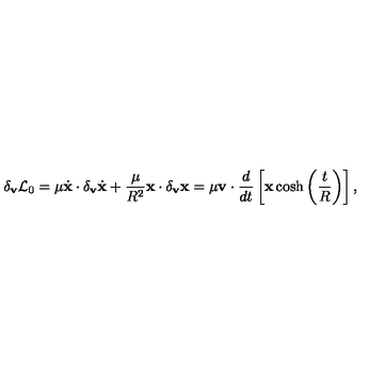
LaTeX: \delta _ { \bf v } { \cal L } _ { 0 } = \mu \dot { \bf x } \cdot \delta _ { \bf v } \dot { \bf x } + \frac { \mu } { R ^ { 2 } } { \bf x } \cdot \delta _ { \bf v } { \bf x } = \mu { \bf v } \cdot \frac { d } { d t } \left[ { \bf x } \cosh \left( \frac { t } { R } \right) \right] ,